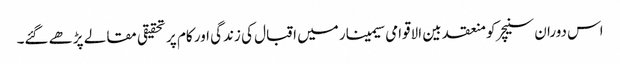
اس دوران سنیچر کو منعقد بین الاقوامی سیمینار میں اقبال کی زندگی اور کام پر تحقیقی مقالے پڑھے ‏گئے۔